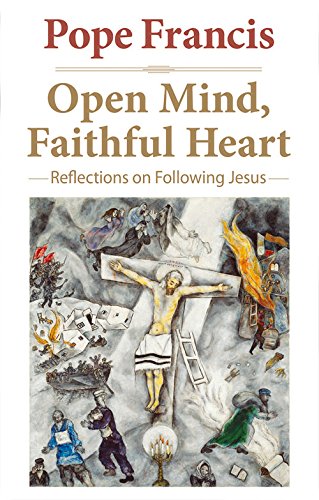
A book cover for Open Mind, Faithful Heart: Reflections on Following Jesus (The Pope Francis Resource Library); Pope Francis; Christian Books & Bibles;